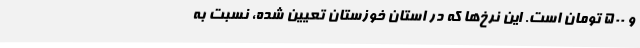
و 500 تومان است. این نرخ‌ها که در استان خوزستان تعیین شده، نسبت به